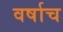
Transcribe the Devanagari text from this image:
वर्षाच